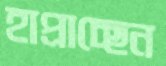
হাপ্‌রাচ্ছেন